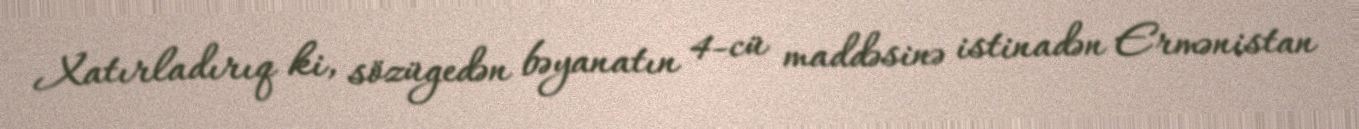
Xatırladırıq ki, sözügedən bəyanatın 4-cü maddəsinə istinadən Ermənistan